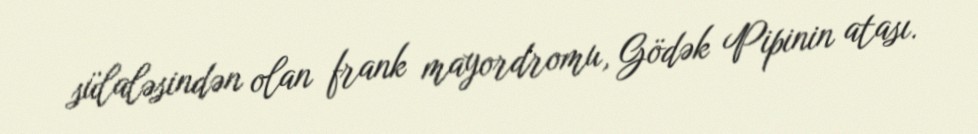
sülaləsindən olan frank mayordromu, Gödək Pipinin atası.